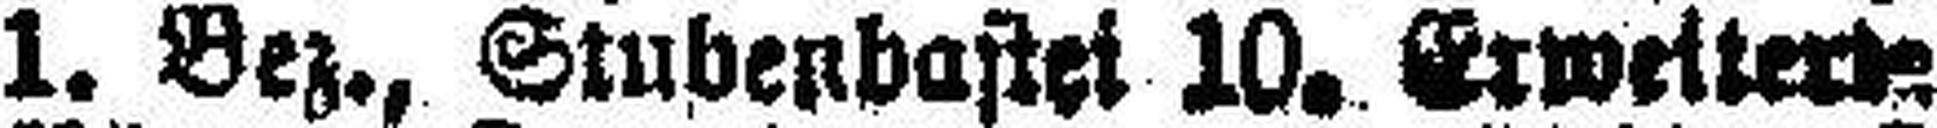
1. Bez., Stubenbastel 10. Erweitert=